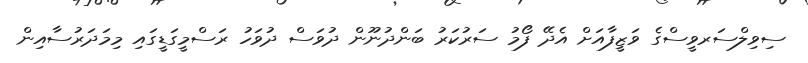
ސިވިލްސަރވީސްގެ ވަޒީފާއަށް އެދޭ ފޯމު ސަރުކަރު ބަންދުނޫން ދުވަސް ދުވަހު ރަސްމީގަޑީގައި މިމަދަރުސާއިން